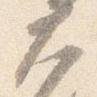
大